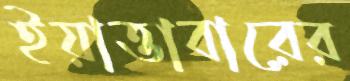
ইয়াত্তাবারের